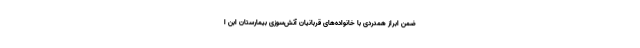
ضمن ابراز همدردی با خانواده‌های قربانیان آتش‌سوزی بیمارستان ابن ا